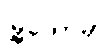
မြို့တော်မှာ